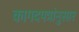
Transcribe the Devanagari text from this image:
कागदपत्रांनुसार